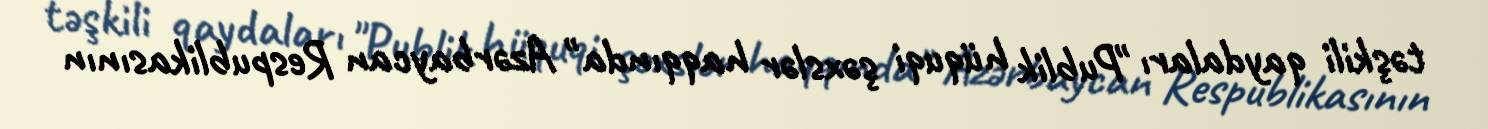
təşkili qaydaları "Publik hüquqi şəxslər haqqında" Azərbaycan Respublikasının